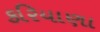
કરિયાણા